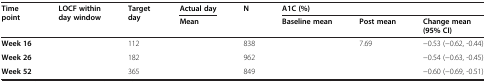
<table><thead><tr><td rowspan="2"><b>Time point</b></td><td rowspan="2"><b>LOCF within day window</b></td><td rowspan="2"><b>Target day</b></td><td><b>Actual day</b></td><td rowspan="2"><b>N</b></td><td colspan="3"><b>A1C (%)</b></td></tr><tr><td><b>Mean</b></td><td><b>Baseline mean</b></td><td><b>Post mean</b></td><td><b>Change mean (95% CI)</b></td></tr></thead><tbody><tr><td><b>Week 16</b></td><td>[EMPTY_CELL]</td><td>112</td><td>[EMPTY_CELL]</td><td>838</td><td>[EMPTY_CELL]</td><td>7.69</td><td>−0.53 (−0.62, -0.44)</td></tr><tr><td><b>Week 26</b></td><td>[EMPTY_CELL]</td><td>182</td><td>[EMPTY_CELL]</td><td>962</td><td>[EMPTY_CELL]</td><td>[EMPTY_CELL]</td><td>−0.54 (−0.63, -0.45)</td></tr><tr><td><b>Week 52</b></td><td>[EMPTY_CELL]</td><td>365</td><td>[EMPTY_CELL]</td><td>849</td><td>[EMPTY_CELL]</td><td>[EMPTY_CELL]</td><td>−0.60 (−0.69, -0.51)</td></tr></tbody></table>